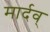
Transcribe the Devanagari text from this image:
मार्दव्